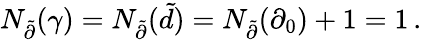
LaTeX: N_{\tilde{\partial}}(\gamma)=N_{\tilde{\partial}}(\tilde{d})=N_{\tilde{\partial}}(\partial_{0})+1=1\, .